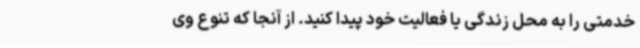
خدمتی را به محل زندگی یا فعالیت خود پیدا کنید. از آنجا که تنوع وی